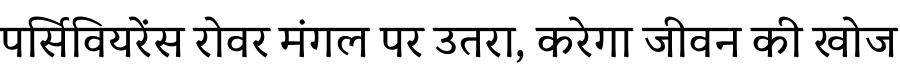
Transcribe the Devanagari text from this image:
पर्सिवियरेंस रोवर मंगल पर उतरा, करेगा जीवन की खोज